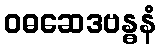
ဝဓဆေဒဗန္ဓနံ